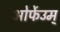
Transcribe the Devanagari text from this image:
ओर्फेउम्